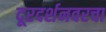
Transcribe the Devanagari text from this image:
दूरदर्शनवरचा